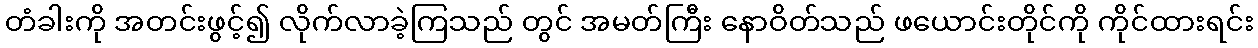
တံခါးကို အတင်းဖွင့်၍ လိုက်လာခဲ့ကြသည် တွင် အမတ်ကြီး နောဝိတ်သည် ဖယောင်းတိုင်ကို ကိုင်ထားရင်း